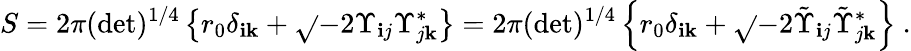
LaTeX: S=2\pi(\operatorname*{det})^{1/4}\left\{ r_{0}\delta_{\mathbf{i}\mathbf{k}}+\sqrt{}{{-2\Upsilon_{\mathbf{i}j}\Upsilon_{j\mathbf{k}}^{*}}}\right\} =2\pi(\operatorname*{det})^{1/4}\left\{ r_{0}\delta_{\mathbf{i}\mathbf{k}}+\sqrt{}{{-2\tilde{{\Upsilon}}_{\mathbf{i}j}\tilde{{\Upsilon}}_{j\mathbf{k}}^{*}}}\right\} \ .